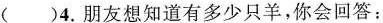
（）4.朋友像知道有多少只羊，你会回答：